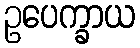
ဥပေက္ခာယ